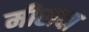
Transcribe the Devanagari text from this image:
मीराचा